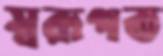
স্বরূপত